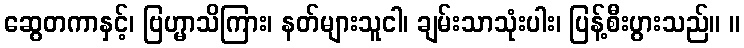
ဆွေတကာနှင့်၊ ဗြဟ္မာသိကြား၊ နတ်များသူငါ၊ ချမ်းသာသုံးပါး၊ ပြန့်စီးပွားသည်။ ။